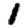
Digit: 1